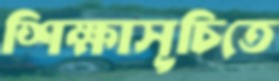
শিক্ষাসূচিতে